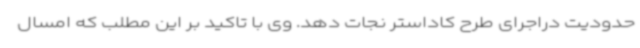
حدودیت دراجرای طرح کاداستر نجات دهد. وی با تاکید بر این مطلب که امسال